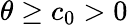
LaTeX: \theta\geq c_{0}>0